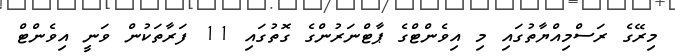
މިރޭގެ ރަސްމިއްޔާތުގައި މި އިވެންޓްގެ ޕާޓްނަރުންގެ ގޮތުގައި 11 ފަރާތަކުން ވަނީ އިވެންޓް